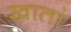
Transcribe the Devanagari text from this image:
खातां